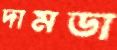
দামডা